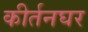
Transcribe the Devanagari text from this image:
कीर्तनघर